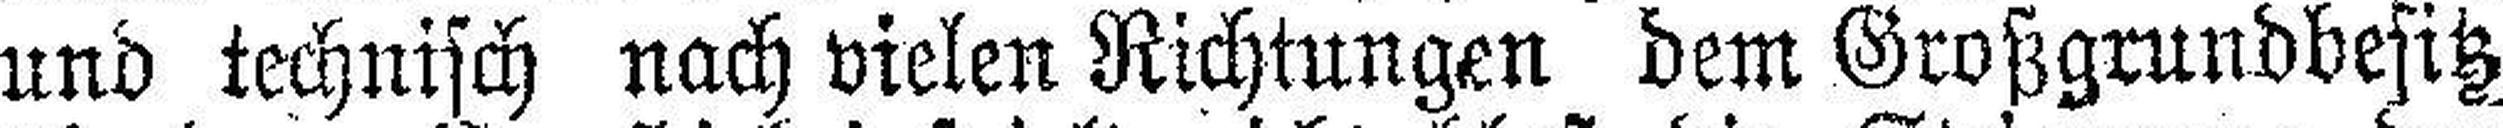
und technisch nach vielen Richtungen dem Großgrundbesitz